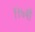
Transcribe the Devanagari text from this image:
११७वाँ